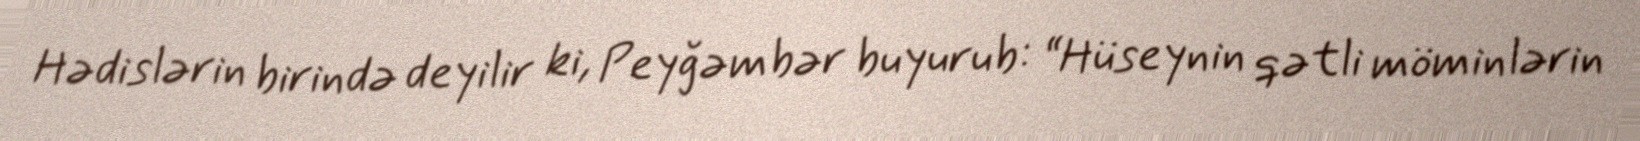
Hədislərin birində deyilir ki, Peyğəmbər buyurub: “Hüseynin qətli möminlərin